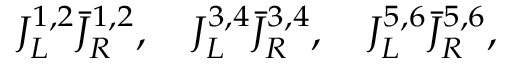
J _ { L } ^ { 1 , 2 } { \bar { J } } _ { R } ^ { 1 , 2 } , \quad J _ { L } ^ { 3 , 4 } { \bar { J } } _ { R } ^ { 3 , 4 } , \quad J _ { L } ^ { 5 , 6 } { \bar { J } } _ { R } ^ { 5 , 6 } ,